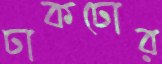
ঢাকঢোর